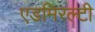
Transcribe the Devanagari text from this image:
एडमिरल्‍टी